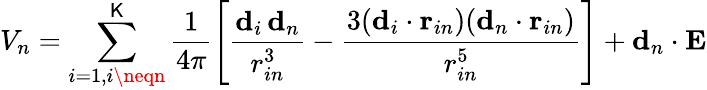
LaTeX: V_{n}=\sum_{i=1,i\neqn}^{\mathsf{K}}\frac{{1}}{{4\pi}}\left[\frac{{\textbf{{d}}_{i}\, \textbf{{d}}_{n}}}{{r_{in}^{3}}}-\frac{{3(\textbf{{d}}_{i}\cdot\textbf{{r}}_{in})(\textbf{{d}}_{n}\cdot\textbf{{r}}_{in})}}{{r_{in}^{5}}}\right]+\textbf{{d}}_{n}\cdot\textbf{{E}}